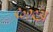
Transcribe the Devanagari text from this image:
९०१९अ